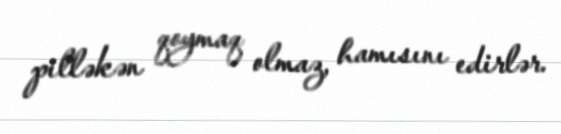
pilləkən qoymaq olmaz, hamısını edirlər.